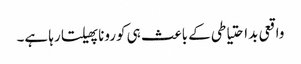
واقعی بداحتیاطی کے باعث ہی کورونا پھیلتا رہا ہے۔